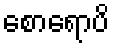
စောရောပိ